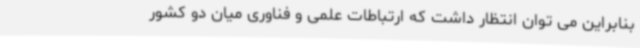
بنابراین می توان انتظار داشت که ارتباطات علمی و فناوری میان دو کشور